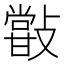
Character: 𣀏